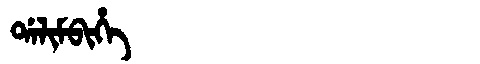
Manchu: ᡩᠠᠯᡳᠮᠪᡳᡥᡝ
Romanization: DALIMBIHE